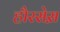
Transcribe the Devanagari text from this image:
हौरसेस़